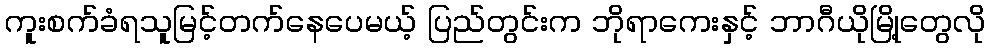
ကူးစက်ခံရသူမြင့်တက်နေပေမယ့် ပြည်တွင်းက ဘိုရာကေးနှင့် ဘာဂီယိုမြို့တွေလို